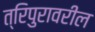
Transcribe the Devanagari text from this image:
त्रिपुरावरील